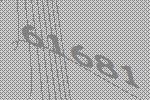
61681